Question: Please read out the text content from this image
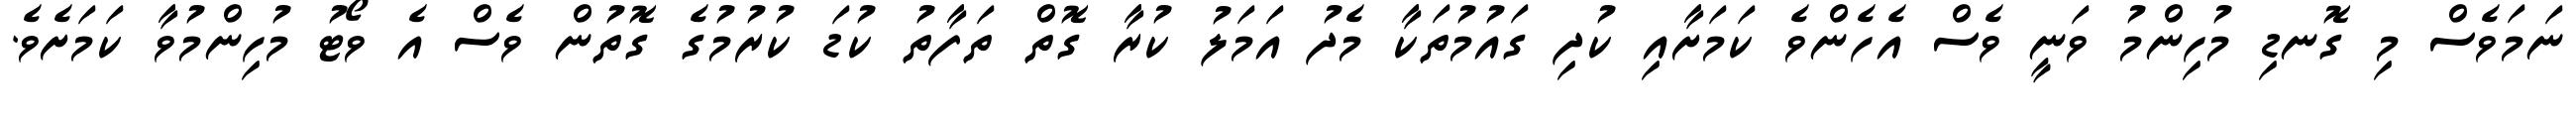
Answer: ނަމަވެސް މި ގޮނޑި މުހިންމު ވަނީ ވެސް އެހެންވެ ކަމަށާއި ކުދި ގައުމުތަކާ މެދު އަމަލު ކުރާ ގޮތް ތަފާތު ކުޑަ ކުރުމުގެ ގޮތުން ވެސް އެ ވޯޓު މުހިންމުވާ ކަމަށެވެ.